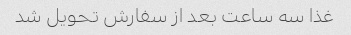
غذا سه ساعت بعد از سفارش تحویل شد